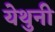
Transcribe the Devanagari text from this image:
येथुनी